Civil Veterinary Dept. Bombay admin report 1923-31 - 1923-1931
Year: 1923
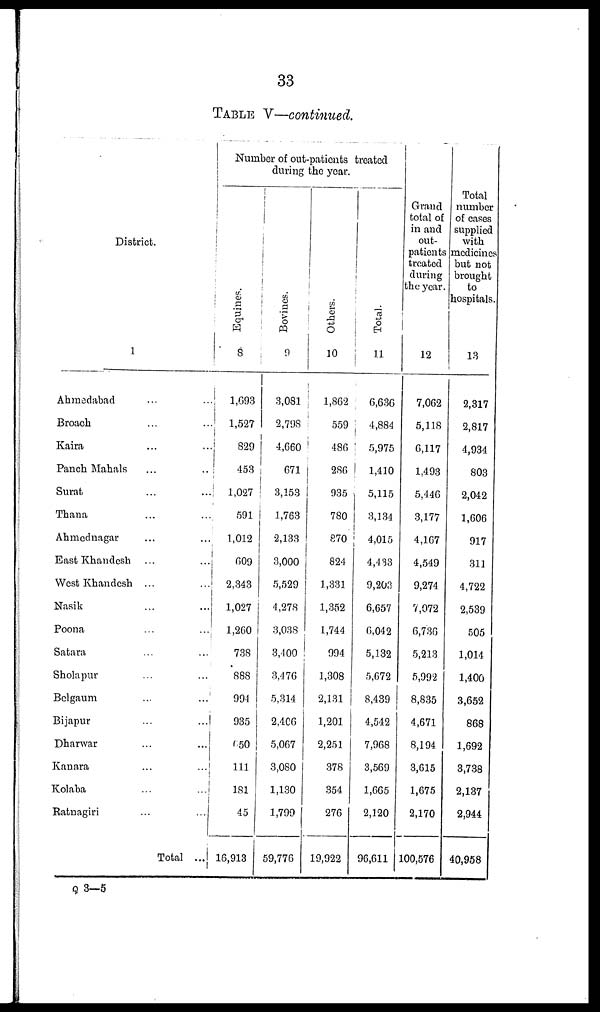
33
TABLE V—continued.
District.
1
Ahmedabad
...
...
Broach
...
...
Kaira
...
...
Panch Mahals
...
...
Surat ... ...
Thana .. ...
Ahmednagar ... ...
East Khandesh
...
...
West Khandesh
...
...
Nasik
...
...
Poona
...
...
Satara ... ...
Sholapur ... ...
Belgaum ... ...
Bijapur
...
...
Dharwar
...
...
Kanara
...
...
Kolaba
...
...
Ratnagiri
...
...
Total
...
Number of out-patients treated
during the year.
Equi nes .
8
1,693
1,527
829
453
1,027
591
1,012
609
2,343
1,027
1,260
738
888
994
935
650
111
181
45
16,913
Bovi nes .
9
3,081
2,798
4,660
671
3,153
1,763
2,133
3,000
5,529
4,278
3,038
3,400
3,476
5,314
2,406
5,067
3,080
1,130
1,799
59,776
Ot her s .
10
1,862
559
486
286
935
780
870
824
1,331
1,352
1,744
994
1,308
2,131
1,201
2,251
378
354
276
19,922
Tot al .
11
6,636
4,884
5,975
1,410
5,115
3,134
4,015
4,433
9,203
6,657
6,042
5,132
5,672
8,439
4,542
7,968
3,569
1,665
2,120
96,611
Grand
total of
in and
out-
patients
treated
during
the year.
12
7,062
5,118
6,117
1,493
5,446
3,177
4,167
4,549
9,274
7,072
6,736
5,213
5,992
8,835
4,671
8,194
3,615
1,675
2,170
100,576
Total
number
of cases
supplied
with
medicines
but not
brought
to
hospitals.
13
2,317
2,817
4,934
803
2,042
1,606
917
311
4,722
2,539
505
1,014
1,400
3,652
868
1,692
3,738
2,137
2,944
40,958
Q 3—5